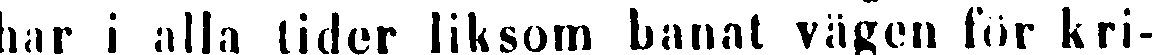
har i alla tider liksom banat vägen for kri-